Vabadussoja_Ajaloo_Komitee, lk 14
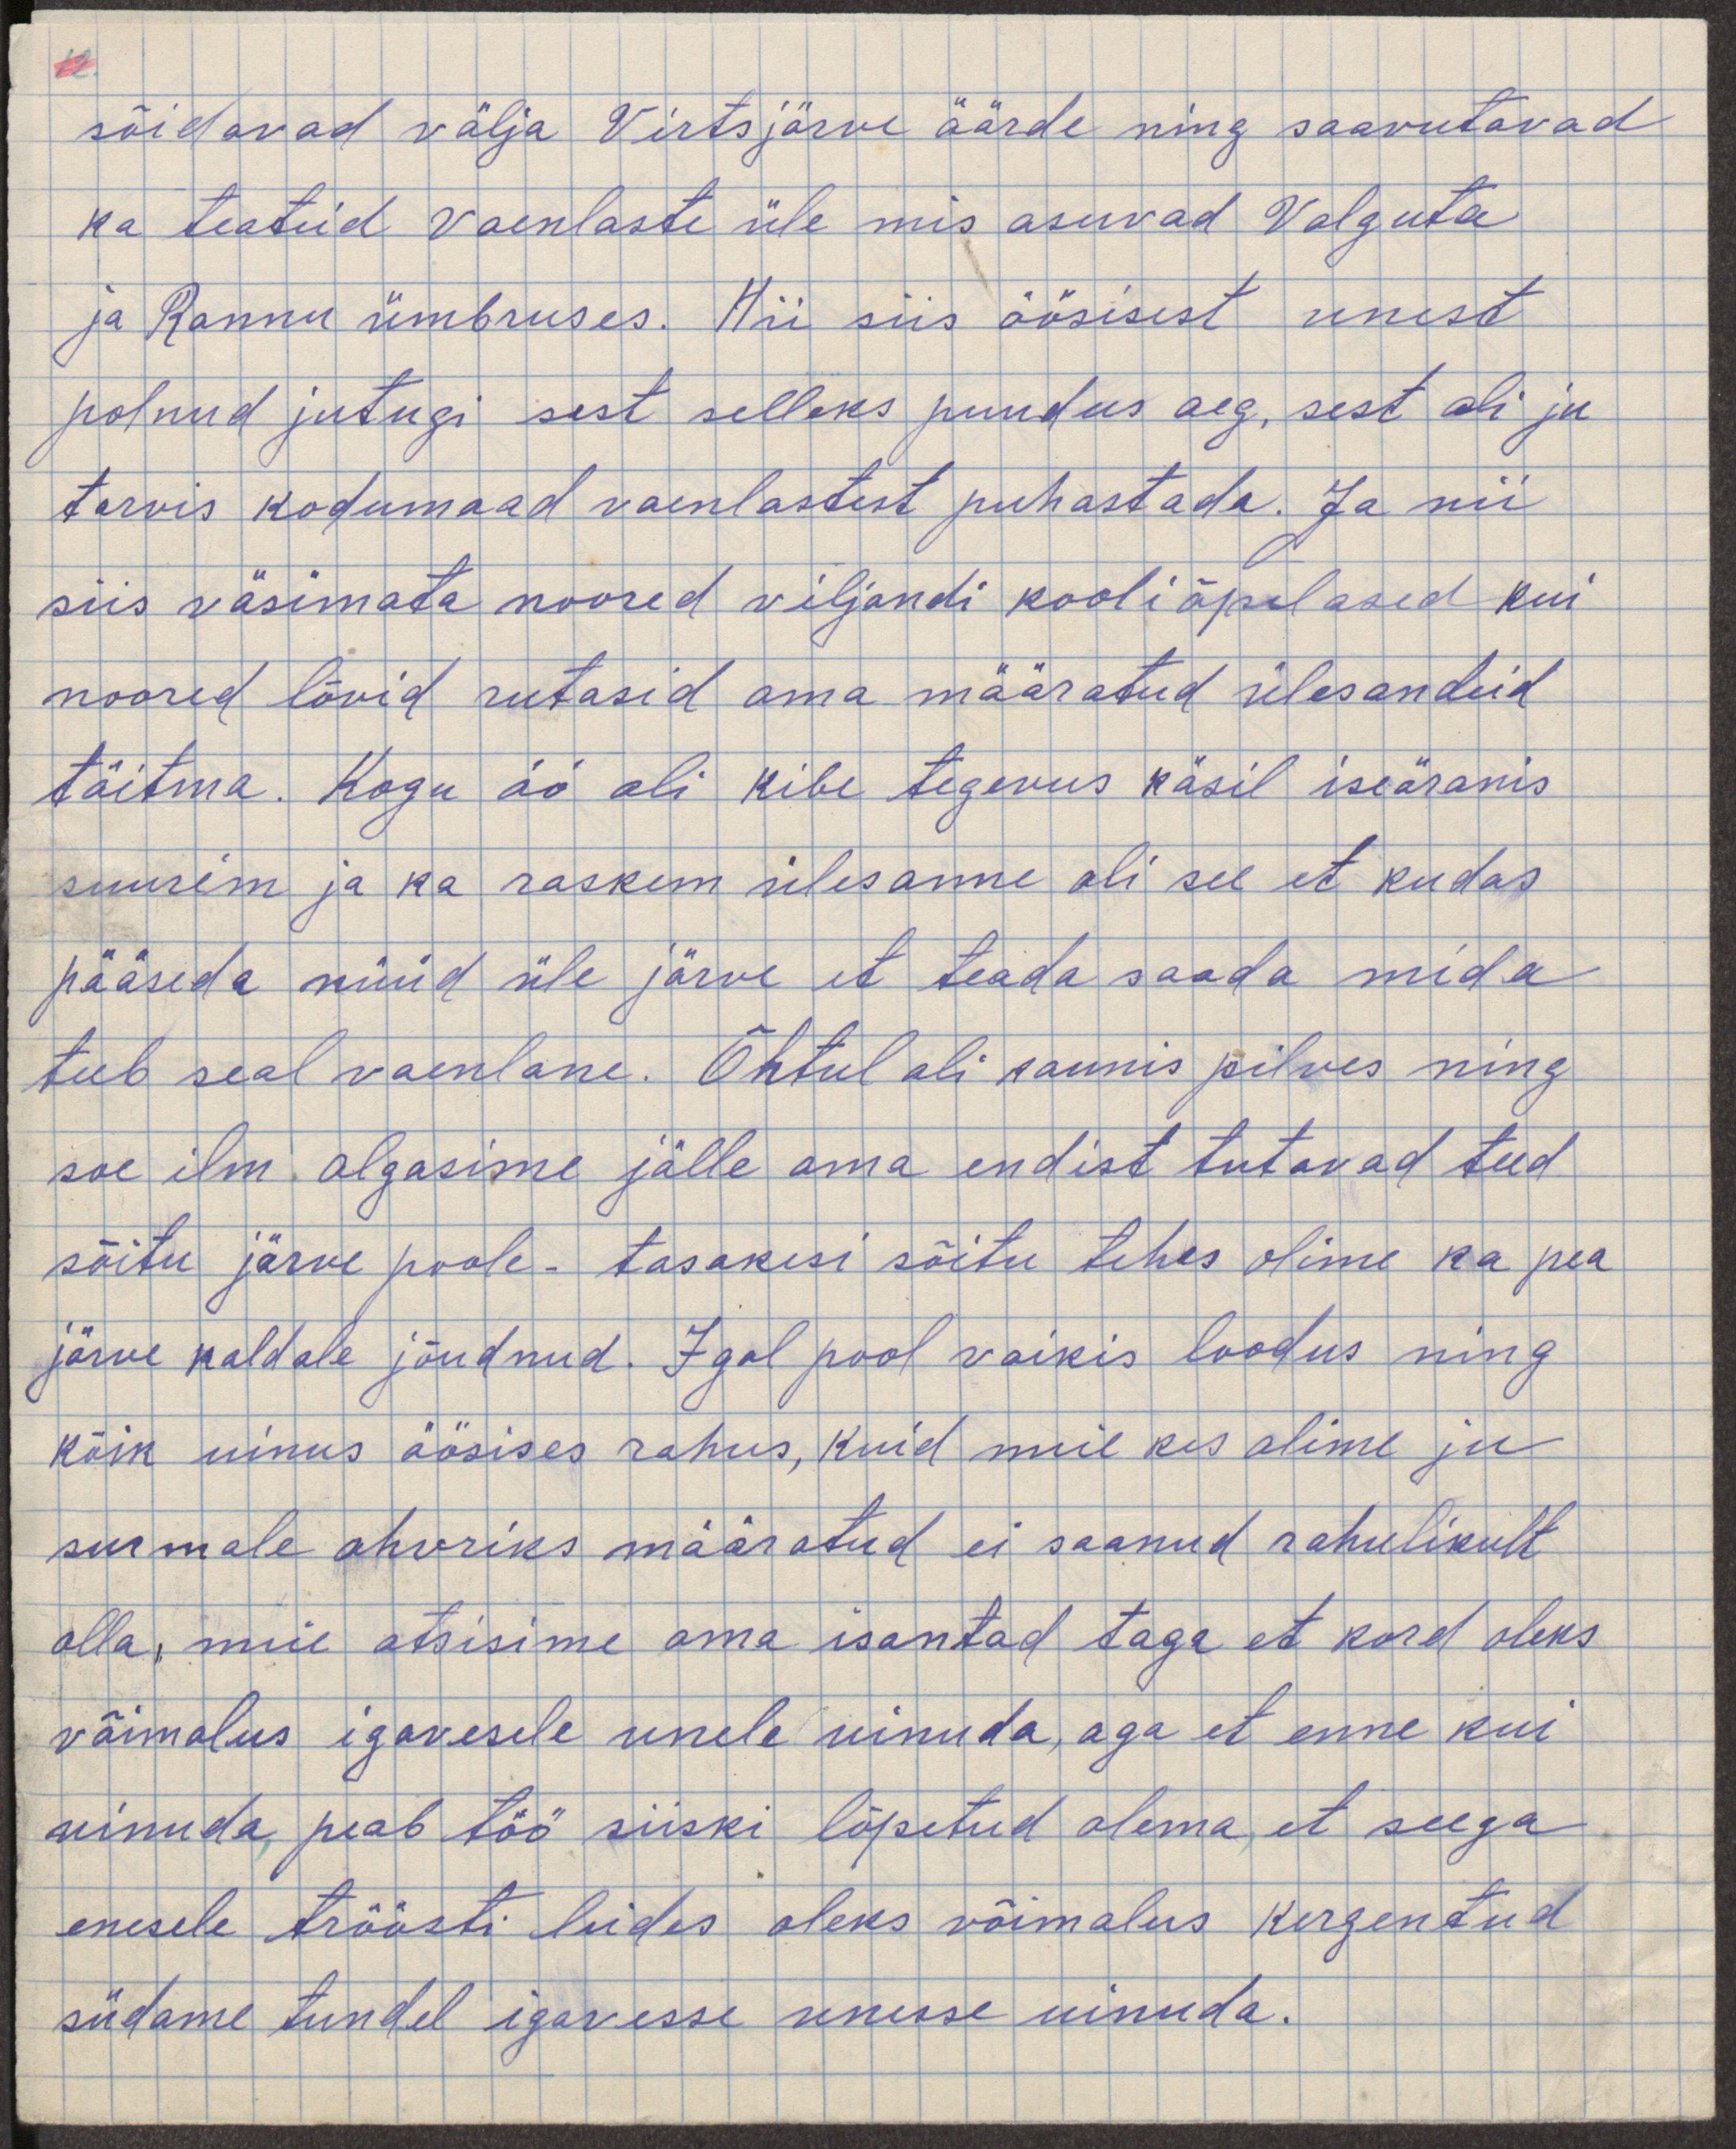
sõidavad välja Virtsjärve äärde ning saavutavad
ka teateid vaenlaste üle mis asuvad Valguta
ja Rannu ümbruses. Nii siis öösisest unest
polnud jutugi sest selleks puudus aeg, sest oli ju
tarvis kodumaa vaenlastest puhastada. Ja nii
siis väsimata noored viljandi kooliõpilased kui
noored lõvid rutasid oma määratud ülesandeid
täitma. Kogu öö oli kibe tegevus käsil iseäranis
suurim ja ka raskeim ülesanne oli see et kudas
pääsade nüüd üle järve et teada saada mida
teeb seal vaenlane. Õhtul oli kaunis pilves ning 
soe ilm algasime jälle oma endist tutavad teed
sõitu järve poole. tasakesi sõitu tehes olime ka pea
järve kaldale jõudnud. Igal pool vaikis loodus ning
kõik uinus öösises rahus, kuid meil kes olime ju 
surmale ohvriks määratud ei saanud rahulikult
olla, meie otsisime oma isandat taga et kord oleks
võimalus igavesele unele uinuda, aga et enne kui
uinuda, peab töö siiski lõpetud olema, et seega
enesele tröösti leides oleks võimalus kergendatud
südame tundel igavesse unesse uinuda.